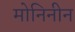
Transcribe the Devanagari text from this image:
मोनिनीन